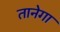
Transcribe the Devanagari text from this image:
तानेगा